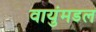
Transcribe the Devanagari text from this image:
वायुंमडल